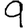
Digit: 9